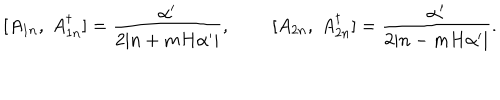
[ A _ { 1 n } , \; A _ { 1 n } ^ { \dagger } ] = \frac { \alpha ^ { \prime } } { 2 | n + m H \alpha ^ { \prime } | } , \; \; [ A _ { 2 n } , \; A _ { 2 n } ^ { \dagger } ] = \frac { \alpha ^ { \prime } } { 2 | n - m H \alpha ^ { \prime } | } .